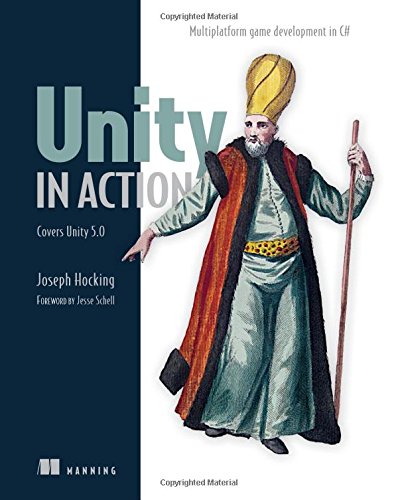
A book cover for Unity in Action: Multiplatform Game Development in C# with Unity 5; Joe Hocking; Computers & Technology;